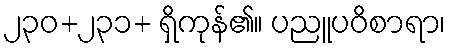
၂၃၀+၂၃၁+ ရှိကုန်၏။ ပညူပဝိစာရာ၊